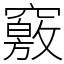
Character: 竅